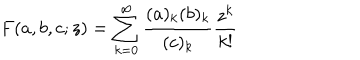
LaTeX: F ( a , b , c ; z ) = \sum _ { k = 0 } ^ { \infty } \frac { ( a ) _ { k } ( b ) _ { k } } { ( c ) _ { k } } \frac { z ^ { k } } { k ! }